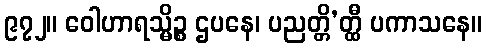
၉၇၂။ ဝေါဟာရသ္မိဉ္စ ဌပနေ၊ ပညတ္တိ’တ္ထီ ပကာသနေ။